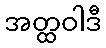
အတ္ထဝါဒီ